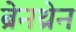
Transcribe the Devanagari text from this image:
ब्रेनथ्रेन